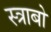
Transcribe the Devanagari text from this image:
स्त्राबो